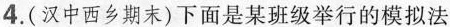
4.(汉中西乡期末)下面是某班级举行的模拟法